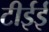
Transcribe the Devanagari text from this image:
टीईई